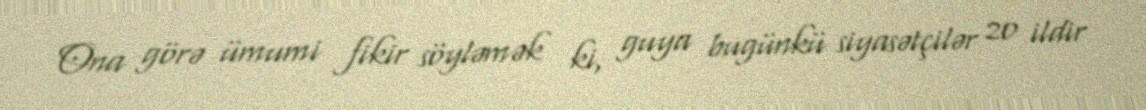
Ona görə ümumi fikir söyləmək ki, guya bugünkü siyasətçilər 20 ildir